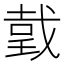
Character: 𢧜